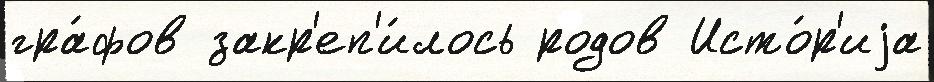
гра́фов закр'еп'и́лось родов Исто́р'иjа